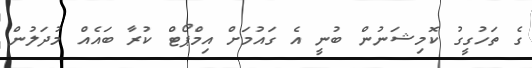
ގެ ތަހުގީގު ކޮމިޝަނުން ބުނީ އެ ގައުމަށް އިމްޕޯޓް ކުރާ ބައެއް މުދަލުން